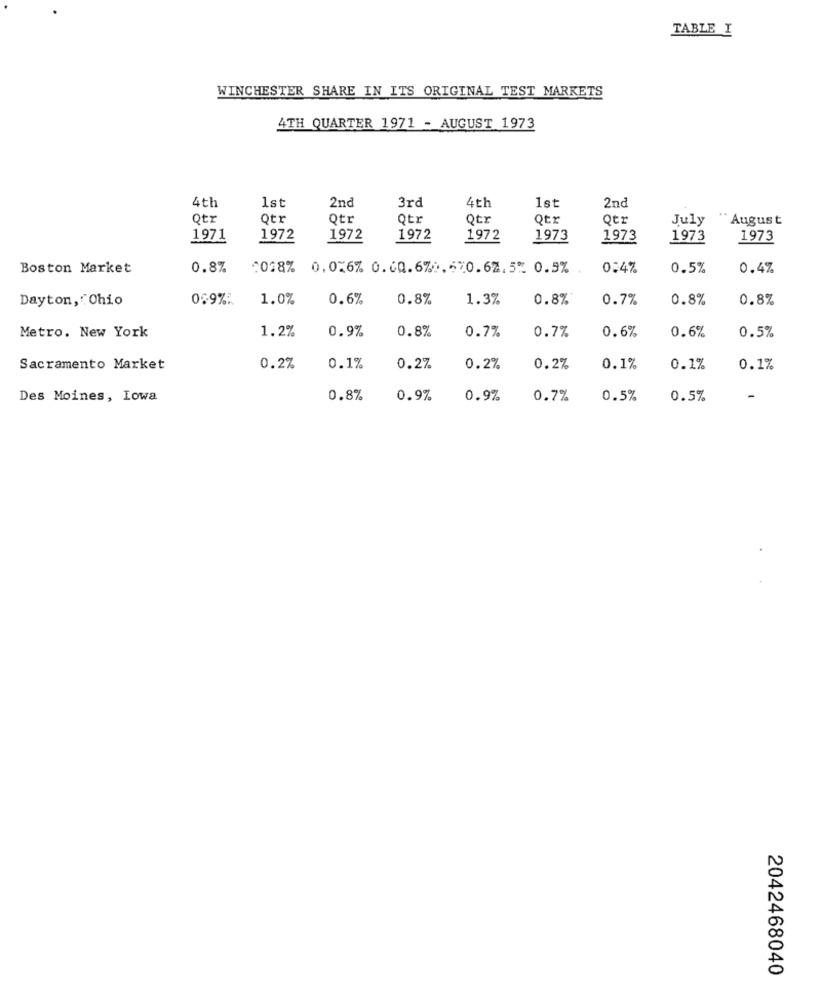
TABLE I
WINCHESTER SHARE IN ITS ORIGINAL TEST MARKETS
4TH QUARTER 1971 - AUGUST 1973
1st
3rd
1st
4th
2nd
4th
2nd
Qtr
Qtr
Qtr
Qtr
Qtx
Qtx
Qtz
July
" August
1971
1972
1972
1972
1972
1973
1973
1973
1973
Boston Market
0.8%
0098%
0.016% 0.00.67 :. 570.62.5% 0.5%
0.4%
0.5%
0.4%
Dayton, Ohio
0.9%:
1.0%
0.6%
0.8%
1.3%
0.8%
0.7%
0.8%
0.8%
1.2%
0.9%
0.8%
0.7%
0.7%
0.6%
0.5%
Metro. New York
0.6%
Sacramento Market
0.2%
0.1%
0.2%
0.2%
0.2%
0.1%
0.1%
0.1%
Des Moines, Lowa
0.8%
0.9%
0.9%
0.7%
0.5%
0.5%
-
2042468040